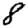
Digit: 8